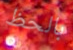
بالحظ